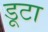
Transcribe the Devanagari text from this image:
डूटा